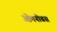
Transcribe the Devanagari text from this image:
ऒमनीबस